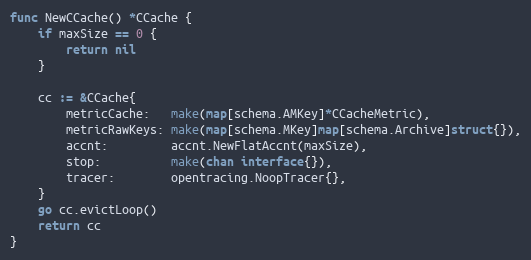
Language: Go
func NewCCache() *CCache {
	if maxSize == 0 {
		return nil
	}

	cc := &CCache{
		metricCache:   make(map[schema.AMKey]*CCacheMetric),
		metricRawKeys: make(map[schema.MKey]map[schema.Archive]struct{}),
		accnt:         accnt.NewFlatAccnt(maxSize),
		stop:          make(chan interface{}),
		tracer:        opentracing.NoopTracer{},
	}
	go cc.evictLoop()
	return cc
}